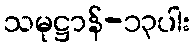
သမုဋ္ဌာန်-၁၃ပါး